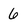
Character: 6